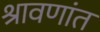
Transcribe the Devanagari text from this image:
श्रावणांत